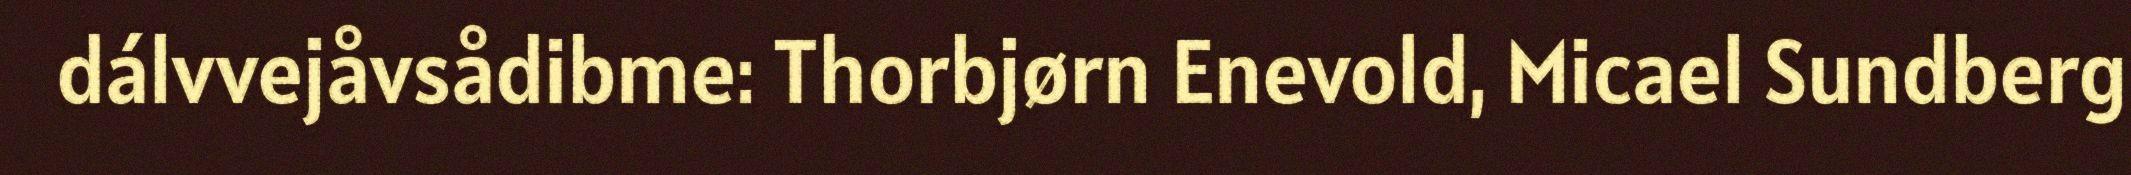
dálvvejåvsådibme: Thorbjørn Enevold, Micael Sundberg